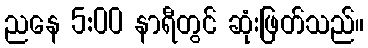
ညနေ 5:00 နာရီတွင် ဆုံးဖြတ်သည်။